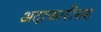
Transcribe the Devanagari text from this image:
अदाकारीसह